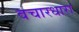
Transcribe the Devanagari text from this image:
वचारधारा